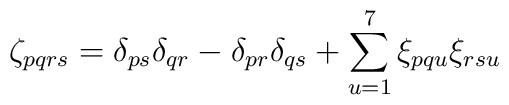
\zeta_{pqrs} = \delta_{ps} \delta_{qr} - \delta_{pr} \delta_{qs} + \sum_{u=1}^7 \xi_{pqu} \xi_{rsu}